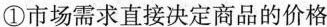
①市场需求直接决定商品的价格